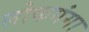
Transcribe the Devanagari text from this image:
लोकगंगा